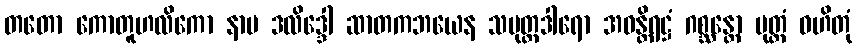
တတော ကောတူဟလိကော နာမ ဒလိဒ္ဒေါ ဆာတကဘယေန သပုတ္တဒါရော အဝန္တိရဋ္ဌံ ဂစ္ဆန္တော ပုတ္တံ ဝဟိတုံ